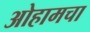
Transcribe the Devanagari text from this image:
ओहामचा